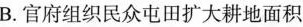
B.官府组织民众屯田扩大耕地面积